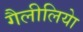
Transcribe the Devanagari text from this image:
गैलीलियेा